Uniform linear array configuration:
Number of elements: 32
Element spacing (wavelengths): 1
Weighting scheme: cosine
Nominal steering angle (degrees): -60
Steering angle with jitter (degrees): -60.52
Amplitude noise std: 0.05
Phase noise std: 0.05

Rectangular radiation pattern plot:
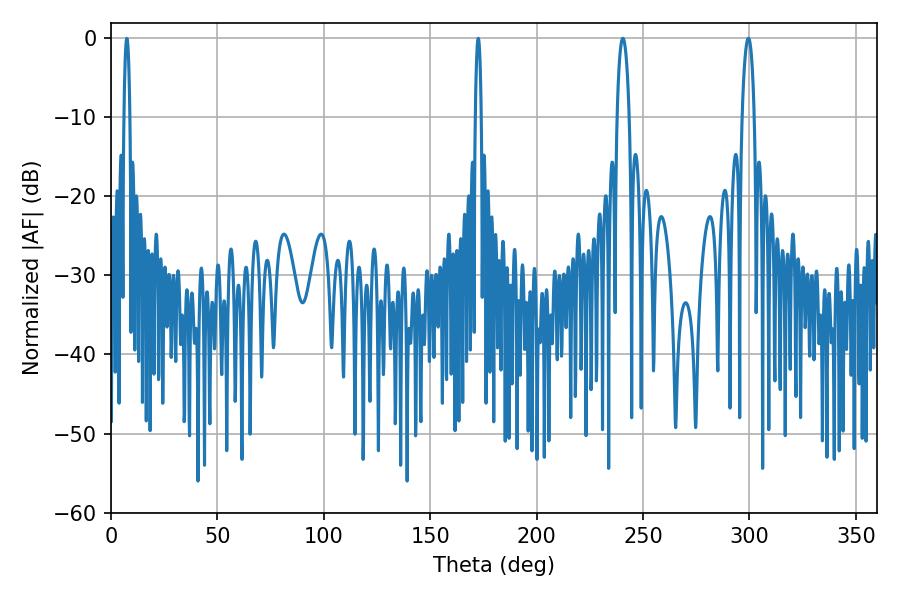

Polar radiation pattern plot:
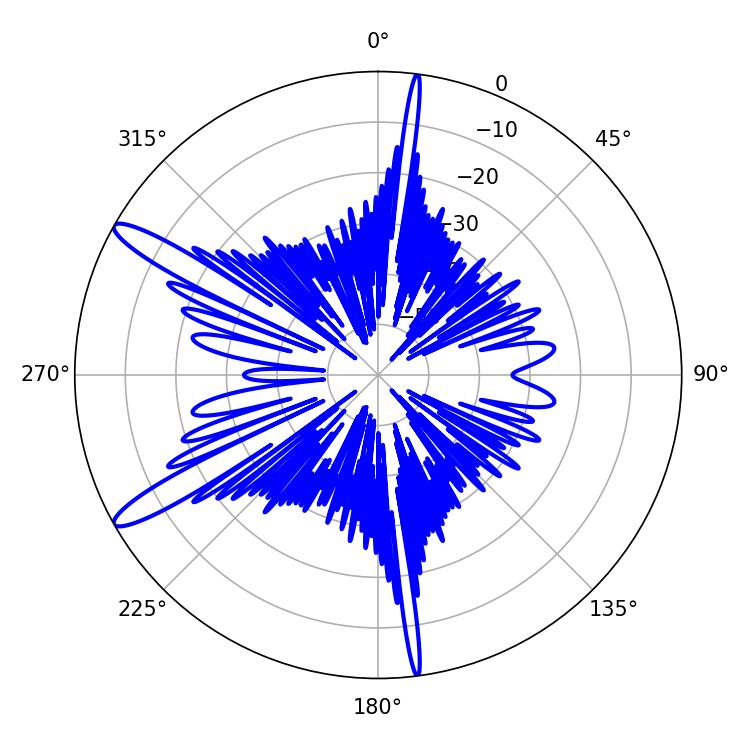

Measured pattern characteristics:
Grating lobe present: TRUE
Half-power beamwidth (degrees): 3.06
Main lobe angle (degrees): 299.52